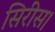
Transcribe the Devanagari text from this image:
सिरीस।